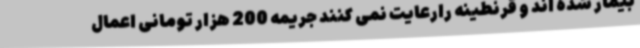
بیمار شده اند و قرنطینه رارعایت نمی کنند جریمه 200 هزار تومانی اعمال